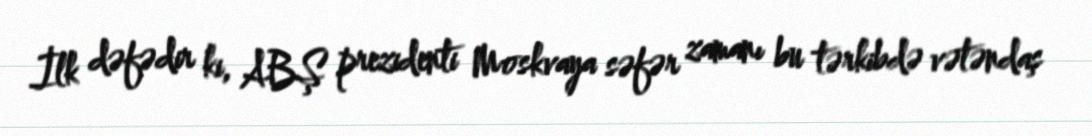
İlk dəfədir ki, ABŞ prezidenti Moskvaya səfər zamanı bu tərkibdə vətəndaş